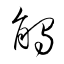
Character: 觸